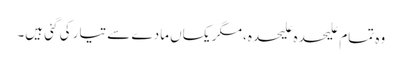
وہ تمام علیحدہ علیحدہ، مگر یکساں مادے سے تیار کی گئی ہیں۔